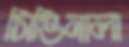
সিঙিনালা